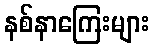
နစ်နာကြေးများ